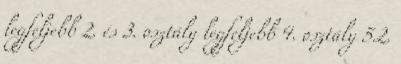
legfeljebb 2. és 3. osztály legfeljebb 4. osztály 5.2.